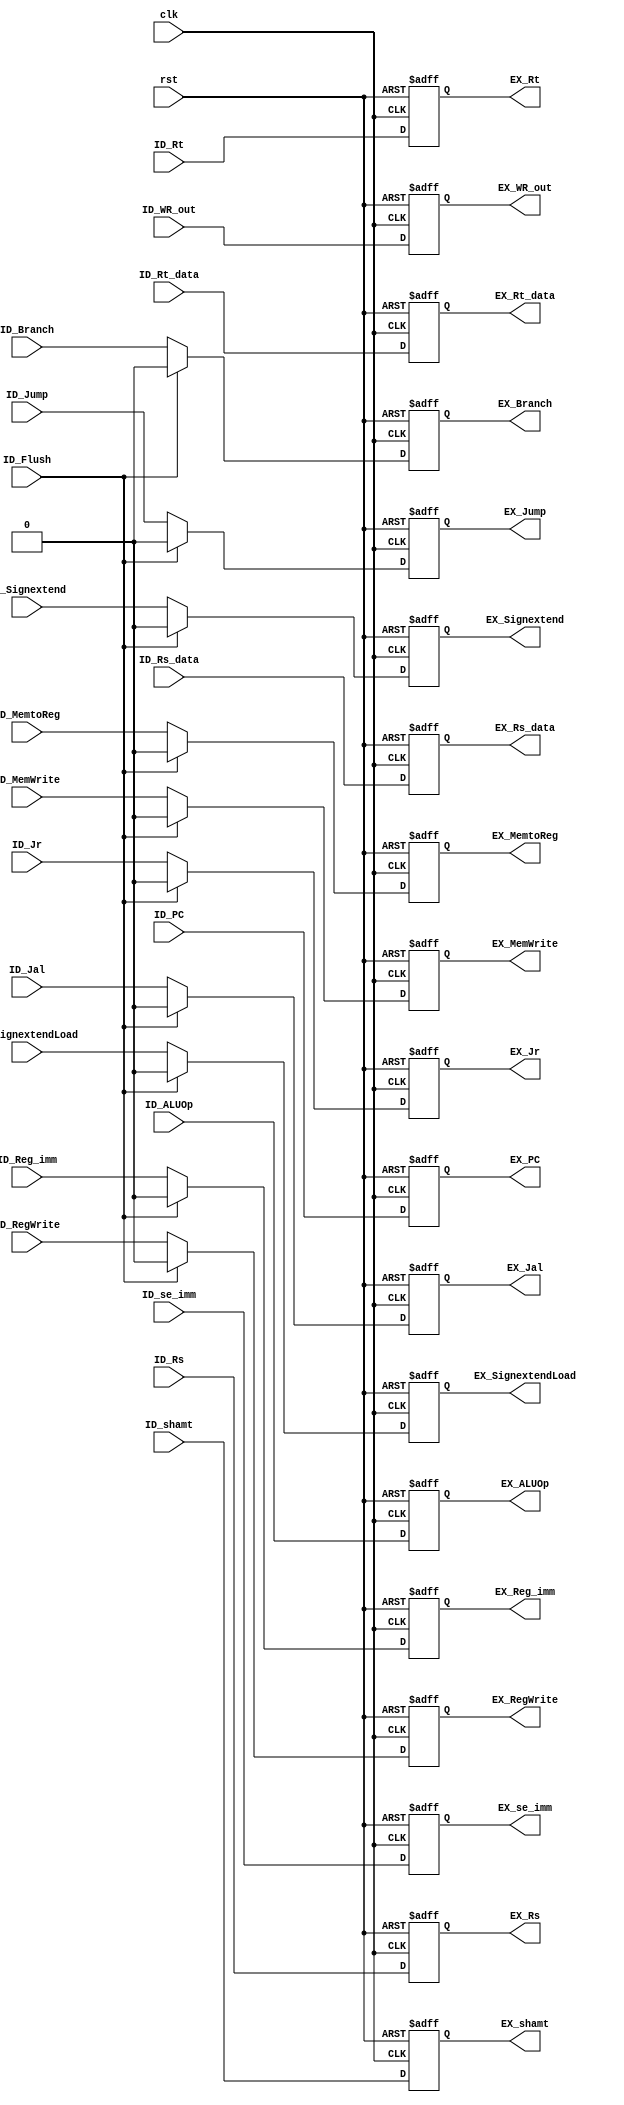
// ID_EX

module ID_EX ( clk,  
               rst,
               // input 
			   ID_Flush,
			   // WB
			   ID_MemtoReg,
			   ID_RegWrite,
			   // M
			   ID_MemWrite,
			   ID_Jal,
  			   ID_Signextend,
			   ID_SignextendLoad,
			   // EX
			   ID_Reg_imm,
			   ID_Jump,
			   ID_Branch,
			   ID_Jr,			   
			   // pipe
			   ID_PC,
			   ID_ALUOp,
			   ID_shamt,
			   ID_Rs_data,
			   ID_Rt_data,
			   ID_se_imm,
			   ID_WR_out,
			   ID_Rs,
			   ID_Rt,
			   // output
			   // WB
			   EX_MemtoReg,
			   EX_RegWrite,
			   // M
			   EX_MemWrite,
			   EX_Jal,
			   EX_Signextend,
			   EX_SignextendLoad,
			   // EX
			   EX_Reg_imm,
			   EX_Jump,
			   EX_Branch,
			   EX_Jr,
			   // pipe
			   EX_PC,
			   EX_ALUOp,
			   EX_shamt,
			   EX_Rs_data,
			   EX_Rt_data,
			   EX_se_imm,
			   EX_WR_out,
			   EX_Rs,
			   EX_Rt		   			   
			   );
	
	parameter pc_size = 18;			   
	parameter data_size = 32;
	
	input clk, rst;
	input ID_Flush;
	
	// WB
	input ID_MemtoReg;
	input ID_RegWrite;
	// M
	input ID_MemWrite;
	input ID_Jal;
	input ID_Signextend;
	input ID_SignextendLoad;
	// EX
	input ID_Reg_imm;
	input ID_Jump;
	input ID_Branch;
	input ID_Jr;		
	// pipe
    input [pc_size-1:0] ID_PC;
    input [3:0] ID_ALUOp;
    input [4:0] ID_shamt;
    input [data_size-1:0] ID_Rs_data;
    input [data_size-1:0] ID_Rt_data;
    input [data_size-1:0] ID_se_imm;
    input [4:0] ID_WR_out;
    input [4:0] ID_Rs;
    input [4:0] ID_Rt;
	
	// WB
	output EX_MemtoReg;
	output EX_RegWrite;
	// M
	output EX_MemWrite;
	output EX_Jal;
	output EX_Signextend;
	output EX_SignextendLoad;
	// EX
	output EX_Reg_imm;
	output EX_Jump;
	output EX_Branch;
	output EX_Jr;		
	// pipe
	output [pc_size-1:0] EX_PC;
	output [3:0] EX_ALUOp;
	output [4:0] EX_shamt;
	output [data_size-1:0] EX_Rs_data;
	output [data_size-1:0] EX_Rt_data;
	output [data_size-1:0] EX_se_imm;
	output [4:0] EX_WR_out;
	output [4:0] EX_Rs;
	output [4:0] EX_Rt;
	
	// WB
	reg EX_MemtoReg;
	reg EX_RegWrite;
	// M
	reg EX_MemWrite;
	reg EX_Jal;
	reg EX_Signextend;
	reg EX_SignextendLoad;
	// EX
	reg EX_Reg_imm;
	reg EX_Jump;
	reg EX_Branch;
	reg EX_Jr;		
	// pipe
	reg [pc_size-1:0] EX_PC;
	reg [3:0] EX_ALUOp;
	reg [4:0] EX_shamt;
	reg [data_size-1:0] EX_Rs_data;
	reg [data_size-1:0] EX_Rt_data;
	reg [data_size-1:0] EX_se_imm;
	reg [4:0] EX_WR_out;
	reg [4:0] EX_Rs;
	reg [4:0] EX_Rt;
	
	always @(negedge clk or posedge rst) begin
		if (rst) begin
		    EX_MemtoReg	 <= 0;
		    EX_RegWrite	 <= 0;
	            EX_MemWrite	 <= 0;
		    EX_Jal	<= 0;
		    EX_Signextend <= 0;
		    EX_SignextendLoad <= 0;
		    EX_Reg_imm	 <= 0;
		    EX_Jump	<= 0;
		    EX_Branch	 <= 0;
		    EX_Jr	 <= 0;		
		    EX_PC	 <= 0;
		    EX_ALUOp	 <= 0;
		    EX_shamt	 <= 0;
		    EX_Rs_data	 <= 0;
		    EX_Rt_data	 <= 0;
		    EX_se_imm	 <= 0;
		    EX_WR_out	 <= 0;
		    EX_Rs	 <= 0;
		    EX_Rt	 <= 0;
		end
		else if(ID_Flush) begin
		    EX_MemtoReg	 <= 0;
		    EX_RegWrite	 <= 0;
	            EX_MemWrite	 <= 0;
		    EX_Jal	<= 0;
		    EX_Signextend <= 0;
		    EX_SignextendLoad <= 0;
		    EX_Reg_imm	 <= 0;
		    EX_Jump	<= 0;
		    EX_Branch	 <= 0;
		    EX_Jr	 <= 0;		
		    EX_PC		 <= ID_PC;
		    EX_ALUOp	 <= ID_ALUOp;
		    EX_shamt	 <= ID_shamt;
		    EX_Rs_data	 <= ID_Rs_data;
		    EX_Rt_data	 <= ID_Rt_data;
		    EX_se_imm	 <= ID_se_imm;
		    EX_WR_out	 <= ID_WR_out;
		    EX_Rs		 <= ID_Rs;
		    EX_Rt		 <= ID_Rt;
		end
		else begin
		    EX_MemtoReg	 <= ID_MemtoReg;
		    EX_RegWrite	 <= ID_RegWrite;          
		    EX_MemWrite	 <= ID_MemWrite;
		    EX_Jal		 <= ID_Jal;
		    EX_Signextend	<= ID_Signextend;
		    EX_SignextendLoad	<= ID_SignextendLoad;      
		    EX_Reg_imm	 <= ID_Reg_imm;
		    EX_Jump		 <= ID_Jump;
		    EX_Branch	 <= ID_Branch;
		    EX_Jr		 <= ID_Jr;      
		    EX_PC		 <= ID_PC;
		    EX_ALUOp	 <= ID_ALUOp;
		    EX_shamt	 <= ID_shamt;
		    EX_Rs_data	 <= ID_Rs_data;
		    EX_Rt_data	 <= ID_Rt_data;
		    EX_se_imm	 <= ID_se_imm;
		    EX_WR_out	 <= ID_WR_out;
		    EX_Rs		 <= ID_Rs;
		    EX_Rt		 <= ID_Rt;
		end		
	end			
	
endmodule